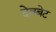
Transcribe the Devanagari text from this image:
देवबेट